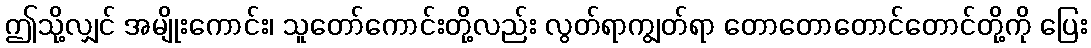
ဤသို့လျှင် အမျိုးကောင်း၊ သူတော်ကောင်းတို့လည်း လွတ်ရာကျွတ်ရာ တောတောတောင်တောင်တို့ကို ပြေး